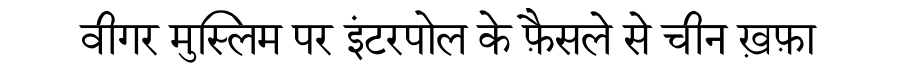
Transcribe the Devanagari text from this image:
वीगर मुस्लिम पर इंटरपोल के फ़ैसले से चीन ख़फ़ा